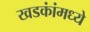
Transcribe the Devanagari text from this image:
खडकांंमध्ये